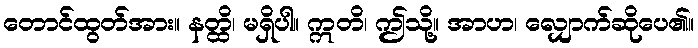
တောင်ထွတ်အား။ နတ္ထိ၊ မရှိပါ။ ဣတိ၊ ဤသို့။ အာဟ၊ လျှောက်ဆိုပေ၏။